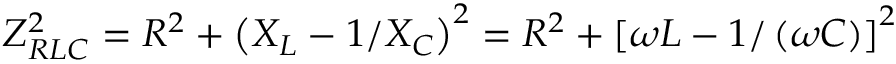
Z _ { R L C } ^ { 2 } = R ^ { 2 } + \left( X _ { L } - 1 / X _ { C } \right) ^ { 2 } = R ^ { 2 } + \left[ \omega L - 1 / \left( \omega C \right) \right] ^ { 2 }